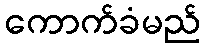
ကောက်ခံမည်